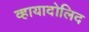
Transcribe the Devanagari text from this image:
व्हायादोलिद